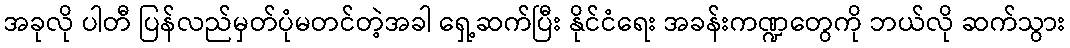
အခုလို ပါတီ ပြန်လည်မှတ်ပုံမတင်တဲ့အခါ ရှေ့ဆက်ပြီး နိုင်ငံရေး အခန်းကဏ္ဍတွေကို ဘယ်လို ဆက်သွား